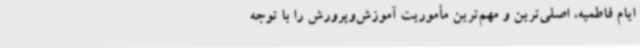
ایام فاطمیه، اصلی‌ترین و مهم‌ترین مأموریت آموزش‌وپرورش را با توجه